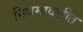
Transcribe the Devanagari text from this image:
नियमावलीत